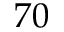
7 0